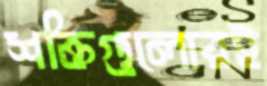
শক্তিগুলোরই